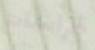
فراشات